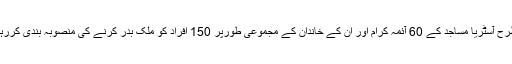
اس طرح آسٹریا مساجد کے 60 آئمہ کرام اور ان کے خاندان کے مجموعی طورپر 150 افراد کو ملک بدر کرنے کی منصوبہ بندی کررہا ہے۔